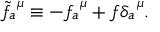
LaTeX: \widetilde { f } _ { a } ^ { ~ \mu } \equiv - f _ { a } ^ { ~ \mu } + f \delta _ { a } ^ { ~ \mu } .